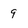
Character: 9